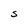
Character: S